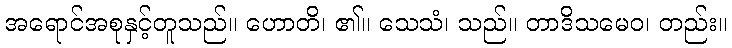
အရောင်အစုနှင့်တူသည်။ ဟောတိ၊ ၏။ သေသံ၊ သည်။ တာဒိသမေဝ၊ တည်း။